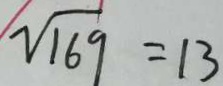
\sqrt { 1 6 9 } = 1 3